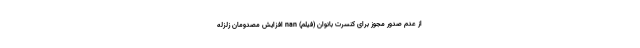
از عدم صدور مجوز برای کنسرت بانوان (فیلم) nan افزایش مصدومان زلزله